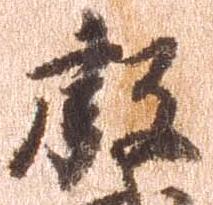
叡